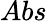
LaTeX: Abs